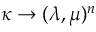
\kappa \rightarrow ( \lambda , \mu ) ^ { n }